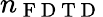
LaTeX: n_{\mathrm{~F~D~T~D~}}